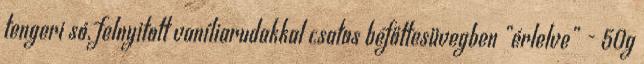
tengeri só, felnyitott vaníliarudakkal csatos befőttesüvegben „érlelve” - 50g